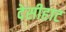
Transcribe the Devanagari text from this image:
देसीहाट